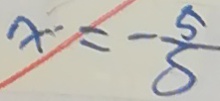
x = - \frac { 5 } { S }